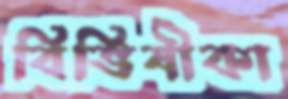
বিভিষীকা